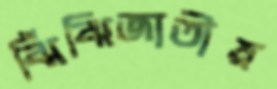
ঝিঁঝিজাতীয়